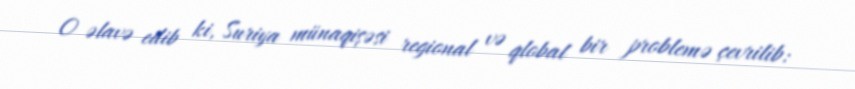
O əlavə edib ki, Suriya münaqişəsi regional və qlobal bir problemə çevrilib: